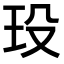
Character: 𤤄